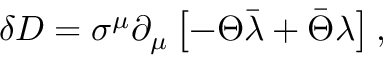
\delta D = \sigma ^ { \mu } \partial _ { \mu } \left[ - \Theta \bar { \lambda } + \bar { \Theta } \lambda \right] ,